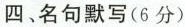
四、名句默写(6分)